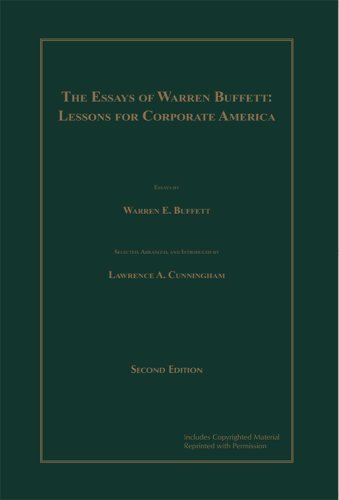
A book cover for The Essays of Warren Buffett: Lessons for Corporate America, Second Edition; Lawrence A. Cunningham Warren E. Buffett; Cookbooks, Food & Wine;